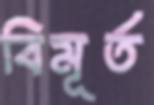
বিমূর্ত